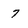
Character: 7